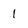
Character: 1